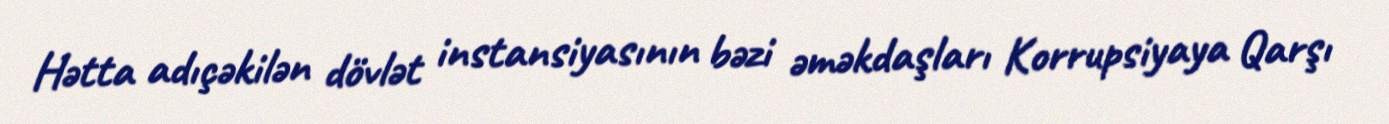
Hətta adıçəkilən dövlət instansiyasının bəzi əməkdaşları Korrupsiyaya Qarşı